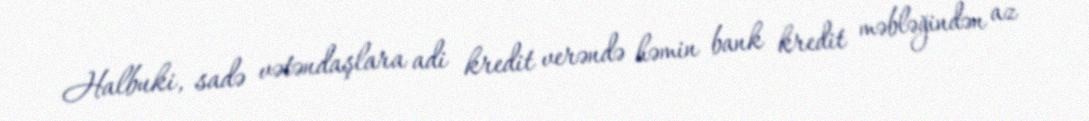
Halbuki, sadə vətəndaşlara adi kredit verəndə həmin bank kredit məbləğindən az